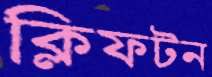
ক্লিফটন